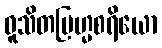
ဝူသိတဗြဟ္မစရိယော